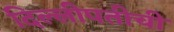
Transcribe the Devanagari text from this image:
दिल्लीपतीची